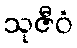
သုဇီဝံ